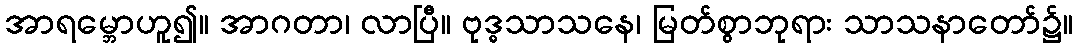
အာရမ္ဘောဟူ၍။ အာဂတာ၊ လာပြီ။ ဗုဒ္ဓသာသနေ၊ မြတ်စွာဘုရား သာသနာတော်၌။